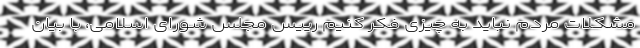
مشکلات مردم نباید به چیزی فکر کنیم رییس مجلس شورای اسلامی، با بیان